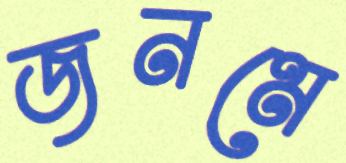
জনমে